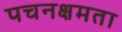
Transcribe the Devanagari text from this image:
पचनक्षमता